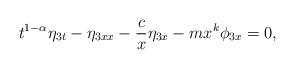
LaTeX: \begin{align*}t^{1-\alpha}\eta_{3t}-\eta_{3xx}-\frac{c}{x}\eta_{3x}-mx^k\phi_{3x}=0,\end{align*}